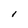
Character: I